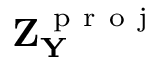
\mathbf { Z _ { Y } ^ { \mathrm { ~ p ~ r ~ o ~ j ~ } } }